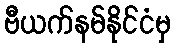
ဗီယက်နမ်နိုင်ငံမှ